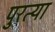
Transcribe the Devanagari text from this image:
पुरत्या